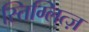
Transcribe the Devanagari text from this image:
स्तिग्लित्ज़